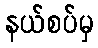
နယ်စပ်မှ